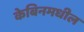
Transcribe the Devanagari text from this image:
केबिनमधील